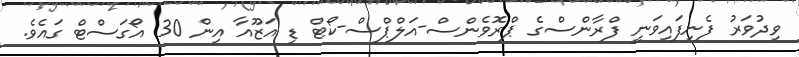
ވިދުވަރު ފެނިފައިވަނީ ފްރާންސްގެ ޕްރޮވެންސް-އަލްޕްސް-ކޯޓް ޑި އަޒޫއާ އިން 30 އޯގަސްޓް ގައެވެ.